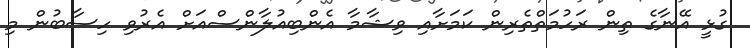
ގުޅީ އޭނާގެ ތިން ރަހުމަތްތެރިން ކަމަށާއި ވިޝާމާ އެންބިއުލާންސްއަށް އެރުވި ހިސާބުން މި